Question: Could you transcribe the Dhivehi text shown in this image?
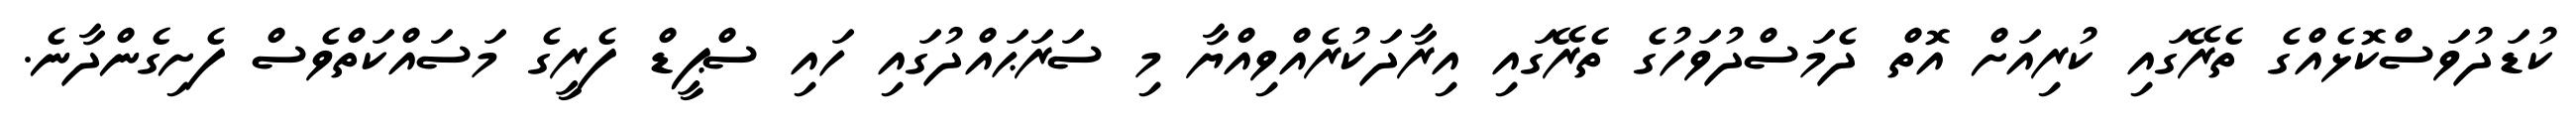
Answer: ކުޑަދުވަސްކޮޅެއްގެ ތެރޭގައި ކުރިއަށް އޮތް ދެމަސްދުވަހުގެ ތެރޭގައި އިރާދަކުރެއްވިއްޔާ މި ސަރަޙައްދުގައި ހައި ސްޕީޑް ފެރީގެ މަސައްކަތްވެސް ފެށިގެންދާނެ.